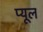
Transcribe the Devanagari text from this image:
प्यूल